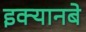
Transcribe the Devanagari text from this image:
इक्यानबे